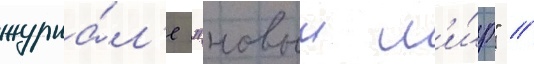
журна́л'е "новыи м'и́р" /